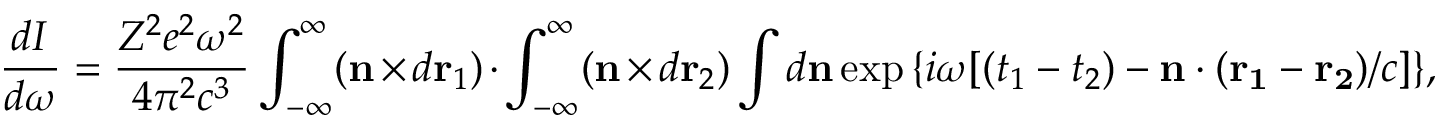
{ \frac { d I } { d \omega } } = { \frac { Z ^ { 2 } e ^ { 2 } \omega ^ { 2 } } { 4 \pi ^ { 2 } c ^ { 3 } } } \int _ { - \infty } ^ { \infty } ( { \bf n } \times d { \bf r } _ { 1 } ) \cdot \int _ { - \infty } ^ { \infty } ( { \bf n } \times d { \bf r } _ { 2 } ) \int d { \bf n } \exp { \{ i \omega [ ( t _ { 1 } - t _ { 2 } ) - { \bf n } \cdot ( { \bf r _ { 1 } } - { \bf r _ { 2 } } ) / c ] \} } ,